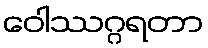
ဝေါဿဂ္ဂရတာ